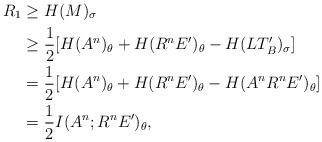
LaTeX: \begin{align*}R_1&\geq H(M)_\sigma \\&\geq \frac{1}{2}[H(A^n)_\theta + H(R^nE')_\theta - H(LT_B')_\sigma] \\&= \frac{1}{2}[H(A^n)_\theta + H(R^nE')_\theta - H(A^nR^nE')_\theta] \\&= \frac{1}{2} I(A^n; R^nE')_\theta, \end{align*}